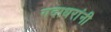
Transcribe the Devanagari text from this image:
गदाधरांनी